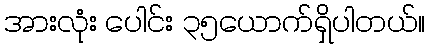
အားလုံး ပေါင်း ၃၅ယောက်ရှိပါတယ်။